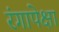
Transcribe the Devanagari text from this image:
रंगापेक्षा